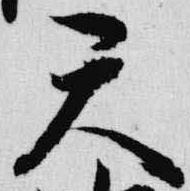
天